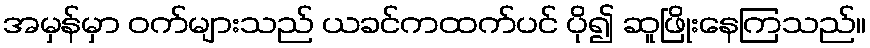
အမှန်မှာ ဝက်များသည် ယခင်ကထက်ပင် ပို၍ ဆူဖြိုးနေကြသည်။